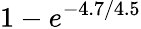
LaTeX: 1-e^{-4.7/4.5}